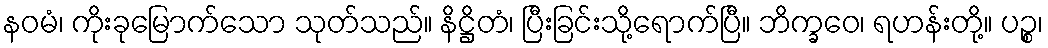
နဝမံ၊ ကိုးခုမြောက်သော သုတ်သည်။ နိဋ္ဌိတံ၊ ပြီးခြင်းသို့ရောက်ပြီ။ ဘိက္ခဝေ၊ ရဟန်းတို့။ ပဉ္စ၊